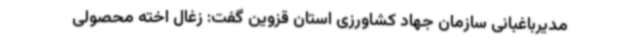
مدیرباغبانی سازمان جهاد کشاورزی استان قزوین گفت: زغال اخته محصولی